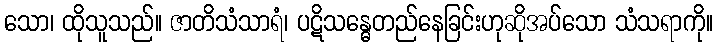
သော၊ ထိုသူသည်။ ဇာတိသံသာရံ၊ ပဋိသန္ဓေတည်နေခြင်းဟုဆိုအပ်သော သံသရာကို။